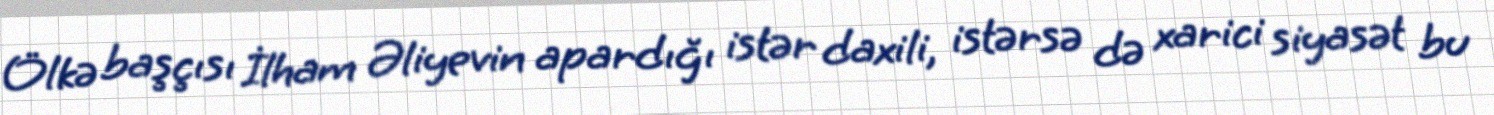
Ölkə başçısı İlham Əliyevin apardığı istər daxili, istərsə də xarici siyasət bu